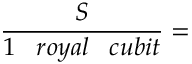
{ \frac { S } { 1 \; \; \; r o y a l \; \; \; c u b i t } } =